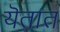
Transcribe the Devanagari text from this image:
यॆतात